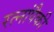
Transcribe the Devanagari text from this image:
रत्नांपैकी